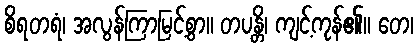
စိရတရံ၊ အလွန်ကြာမြင့်စွာ။ တပန္တိ၊ ကျင့်ကုန်၏။ တေ၊